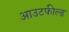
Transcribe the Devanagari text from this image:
आउटफील्‍ड